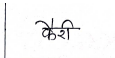
मजकूर: कैरी